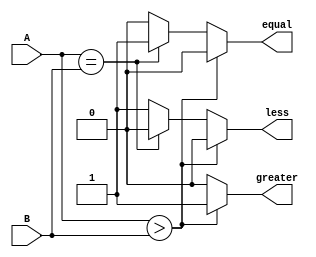
module comparator(A,B,less,	equal,greater);
	
	input [1:0] A;
	input [1:0] B;

	output less;
	output equal;
	output greater;

	reg less;
	reg equal;
	reg greater;

	always @(A or B)
	begin
		if(A > B)
		begin //check if A is bigger than B.
			less = 0;
			equal = 0;
			greater = 1;
		end
		else if(A == B) 
		begin //Check if A is equal to B
			less = 0;
			equal = 1;
			greater = 0;
		end
		else
		begin //Otherwise - check for A less than B.
			less = 1;
			equal = 0;
			greater =0;
		end
	end
endmodule
module tb_tm;

	reg [1:0] A;
	reg [1:0] B;

	wire less;
	wire equal;
	wire greater;

	comparator uut (.A(A),.B(B),.less(less),.equal(equal),.greater(greater));
	initial begin
		$monitor("A = %b ,B= %b , L = %b , E = %b , G = %b",A,B,less,equal,greater);
		$dumpfile("comparator.vcd");
		$dumpvars;

		A = 2'b00;B = 2'b00;
		#5;
		A = 2'b00;B = 2'b01;
		#5;
		A = 2'b00;B = 2'b10;
		#5;
		A = 2'b00;B = 2'b11;
		#5;
		A = 2'b01;B = 2'b00;
		#5;
		A = 2'b01;B = 2'b01;
		#5;
		A = 2'b01;B = 2'b10;
		#5;
		A = 2'b01;B = 2'b11;
		#5;
		A = 2'b10;B = 2'b00;
		#5;
		A = 2'b10;B = 2'b01;
		#5;
		A = 2'b10;B = 2'b10;
		#5;
		A = 2'b10;B = 2'b11;
		#5;
		A = 2'b11;B = 2'b00;
		#5;
		A = 2'b11;B = 2'b01;
		#5;
		A = 2'b11;B = 2'b10;
		#5;
		A = 2'b11;B = 2'b11;
		#5;
		A = 2'b11;B = 2'b11;
	end
endmodule